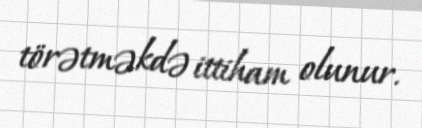
törətməkdə ittiham olunur.